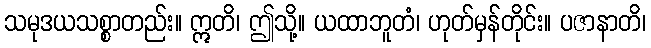
သမုဒယသစ္စာတည်း။ ဣတိ၊ ဤသို့။ ယထာဘူတံ၊ ဟုတ်မှန်တိုင်း။ ပဇာနာတိ၊